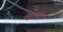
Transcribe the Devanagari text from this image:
वृत्तान्तही